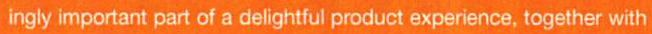
ingly important part of a delightful product experience, together with